Mental hospitals Bombay report 1921-28 - 1921-1928
Year: 1921
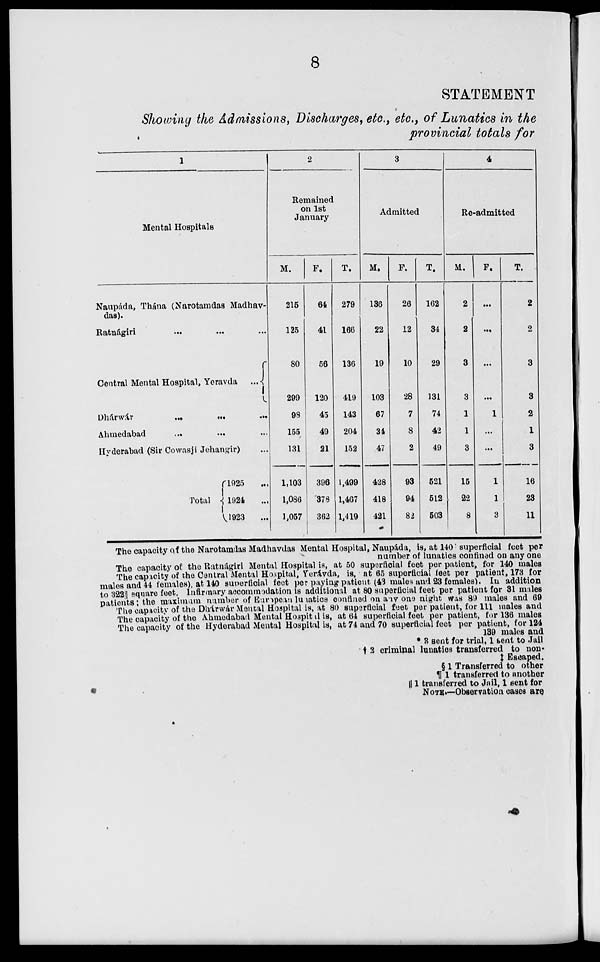
8
STATEMENT
Showing the Admissions, Discharges, etc., etc., of Lunatics in the
provincial totals for
1
Mental Hospitals
Naupáda, Thána (Narotamdas Madhav-
das).
Ratnágiri ... ... ...
Central Mental Hospital, Yeravda
...
Dhárwár
...
...
...
Ahmedabad ... ... ...
Hyderabad (Sir Cowasji Jehangir) ...
Total
1925 ...
1924 ...
1923 ...
2
Remained
on 1st
January
M.
215
125
80
299
98
155
131
1,103
1,086
1,057
F.
64
41
56
120
45
49
21
396
378
362
T.
279
166
136
419
143
204
152
1,499
1,467
1,419
3
Admitted
M.
136
22
19
103
67
34
47
428
418
421
F.
26
12
10
28
7
8
2
93
94
82
T.
162
34
29
131
74
42
49
521
512
503
4
Re-admitted
M.
2
2
3
3
1
1
3
15
22
8
F.
...
...
...
...
1
...
...
1
1
3
T.
2
2
3
3
2
1
3
16
23
11
The capacity of the Narotamdas Madhavdas Mental Hospital, Naupáda, is, at 140 superficial feet per
number of lunatics confined on any one
The capacity of the Ratnágiri Mental Hospital is, at 50 superficial feet per patient, for 140 males
The capacity of the Central Mental Hospital, Yerávda, is, at 65 superficial feet per patient, 173 for
males and 44 females), at 140 superficial feet per paying patient (43 males and 23 females). In addition
to 322⅔ square feet. Infirmary accommodation is additional at 80 superficial feet per patient for 31 males
patients; the maximum number of European lunatics confined on any one night was 89 males and 69
The capacity of the Dhárwár Mental Hospital is, at 80 superficial feet per patient, for 111 males and
The capacity of the Ahmedabad Mental Hospital is, at 64 superficial feet per patient, for 136 males
The capacity of the Hyderabad Mental Hospital is, at 74 and 70 superficial feet per patient, for 124
139 males and
* 3 sent for trial, 1 sent to Jail
† 2 criminal lunatics transferred to non-
‡ Escaped.
§ 1 Transferred to other
¶
1 transferred to another
|| 1 transferred to Jail, 1 sent for
NOTE.—Observation cases are